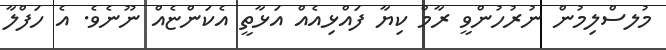
މުލސްލިމުން ނުރުހުންވީ ރާމް ކިޔާ ފައްޅިއެއް އަޅާތީ އެކަންޏެއް ނޫނެވެ. އެ ހަފްލާ